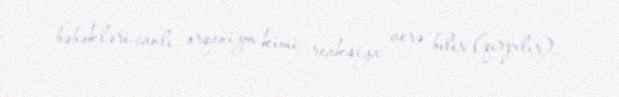
bəbəkləri canlı orqanizm kimi reaksiya verə bilir (qırpılır).